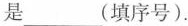
是___(填序号)。